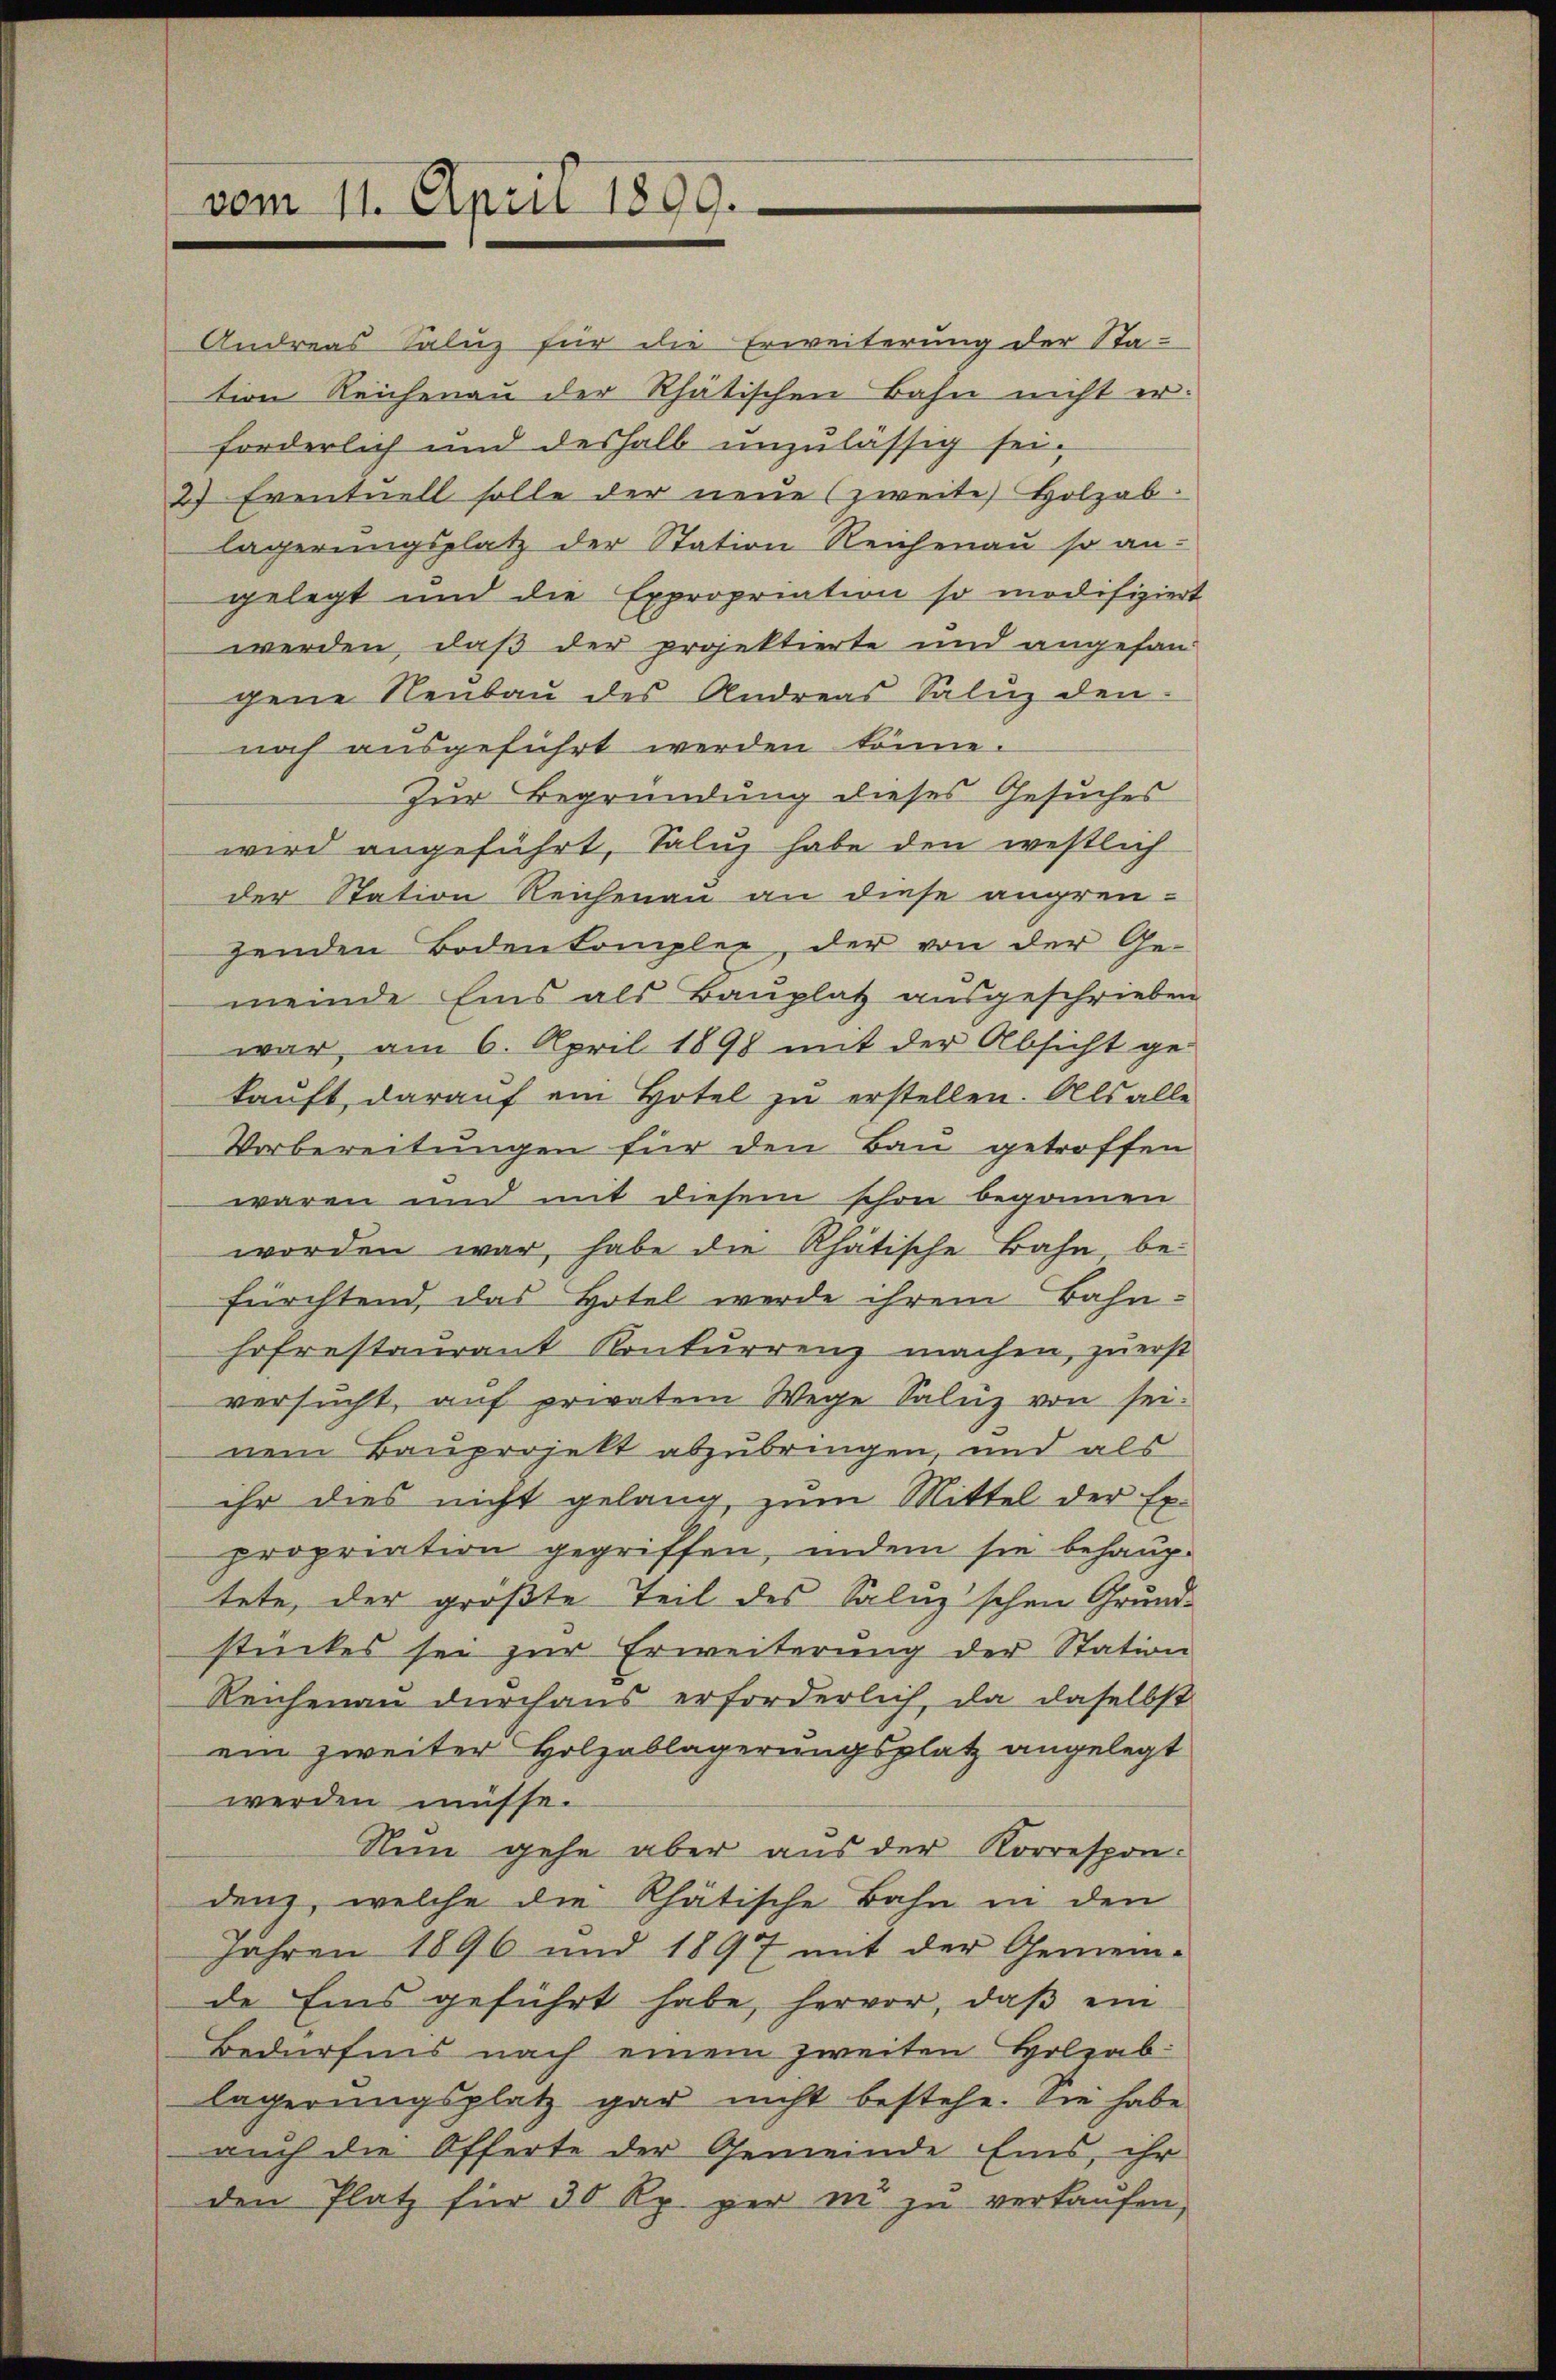
vom 11. April 1899.

Andreas Saluz für die Erweiterung der Sta-
tion Reichenau der Rhätischen Bahn nicht erforderlich und deshalb unzulässig sei¬
2) Eventuell solle der neŭe (zweite Holzab.
lägerungsplatz der Station Reichenau so an-
gelegt und die Expropriation so modifiziert
werden, daß der projektierte und angefan
gene Neubau des Andreas Saluz den
noch ausgeführt werden könne.
Zur Begründung dieses Gesuches
wird angeführt, Saluz habe den westlich
der Station Reichenau an diese angren-
genden Bodenkomplex, der von der Ge-
meinde Eins als Bauplatz ausgeschrieben
war, am 6. April 1898 mit der Absicht ge-
kaŭft, darauf ein Hotel zu erstellen. Als alle
Vorbereitungen für den Bau getroffen
waren und mit diesem schon begonnen
worden war, habe die Rhatische Bahn be-
fürchtend, das Hotel werde ihrem Bahnhofrestaurant Konkurrenz machen, zuerst
versucht, auf privatem Wege Saluz von sei.
nem Bauprojekt abzubringen, und als
ihr dies nicht gelang, zum Mittel der Ex-
propriation gegriffen, indem sie behaup-
tete, der größte Teil des Salnz’schen Grund-
stückes sei zur Erweiterung der Station
Reichenau durchaus erforderlich, da daselbst
ein zweiter Holzablagerungsplatz angelegt
werden müsse.
Nun gehe aber aus der Korrespon-
den, welche die Rhätische Bahn in den
jahren 1896 und 1897 mit der Gemein-
de Eins geführt habe, hervor, daß ein
Bedürfnis nach einem zweiten Holzab
lägerungsplatz gar nicht bestehe. Sie habe
auch die Offerte der Gemeinde Eins, ihr
den Platz für 30 Rp. per in zŭ verkaŭfen,